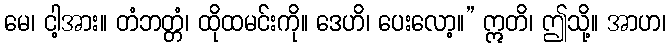
မေ၊ ငါ့အား။ တံဘတ္တံ၊ ထိုထမင်းကို။ ဒေဟိ၊ ပေးလော့။” ဣတိ၊ ဤသို့။ အာဟ၊